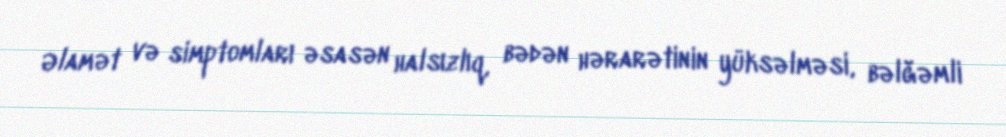
Əlamət və simptomları əsasən halsızlıq, bədən hərarətinin yüksəlməsi, bəlğəmli